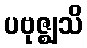
ပဗုဇ္ဈသိ